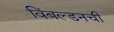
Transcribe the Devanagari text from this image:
विंबल्डनची